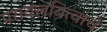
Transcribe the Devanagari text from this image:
परावलंबित्वाचे